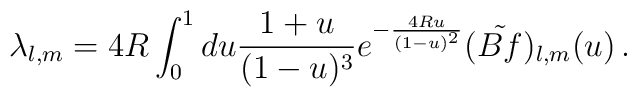
\lambda_{l,m} = 4R\int_0^1 du \frac{1+u}{(1-u)^3}  e^{-\frac{4Ru}{(1-u)^2}}(\tilde{B f})_{l,m}(u) \, .